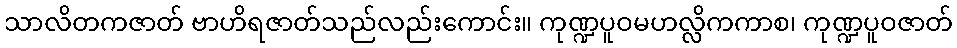
သာလိတကဇာတ် ဗာဟိရဇာတ်သည်လည်းကောင်း။ ကုဏ္ဍပူဝမဟလ္လိကကာစ၊ ကုဏ္ဍပူဝဇာတ်